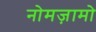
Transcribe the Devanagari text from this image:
नोमज़ामो